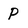
Character: P